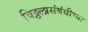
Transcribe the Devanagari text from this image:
विठ्ठलासंबंधीच्या